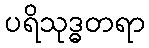
ပရိသုဒ္ဓတရာ